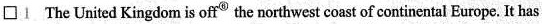
\Box 1 The United Kingdom is off^{⑥} the northwest coast of continental Europe. It has